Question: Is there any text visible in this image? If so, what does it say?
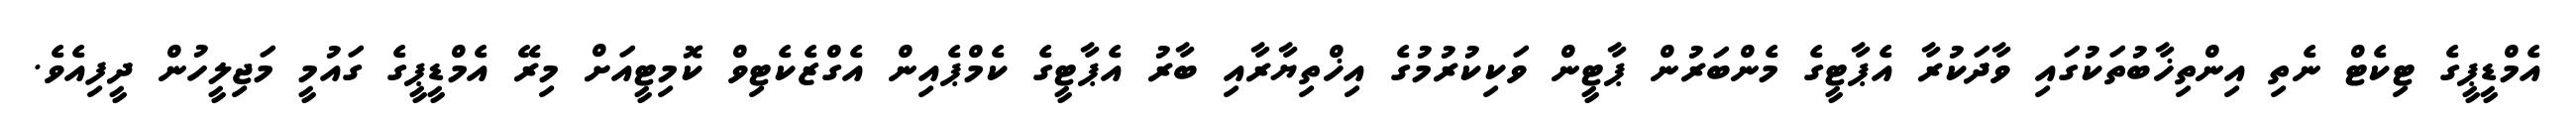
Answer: އެމްޑީޕީގެ ޓިކެޓް ނެތި އިންތިޚާބުތަކުގައި ވާދަކުރާ އެޕާޓީގެ މެންބަރުން ޕާޓީން ވަކިކުރުމުގެ އިޚްތިޔާރާއި ބާރު އެޕާޓީގެ ކެމްޕެއިން އެގްޒެކެޓިވް ކޮމިޓީއަށް މިރޭ އެމްޑީޕީގެ ގައުމީ މަޖިލީހުން ދީފިއެވެ.